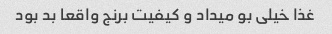
غذا خیلی بو میداد و کیفیت برنج واقعا بد بود